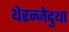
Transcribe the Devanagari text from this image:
थेरन्जेदुथा